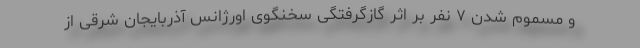
و مسموم شدن ۷ نفر بر اثر گازگرفتگی سخنگوی اورژانس آذربایجان شرقی از